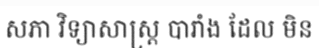
សភា វិទ្យាសាស្ត្រ បារាំង ដែល មិន